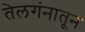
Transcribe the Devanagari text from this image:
तेलगंनातून